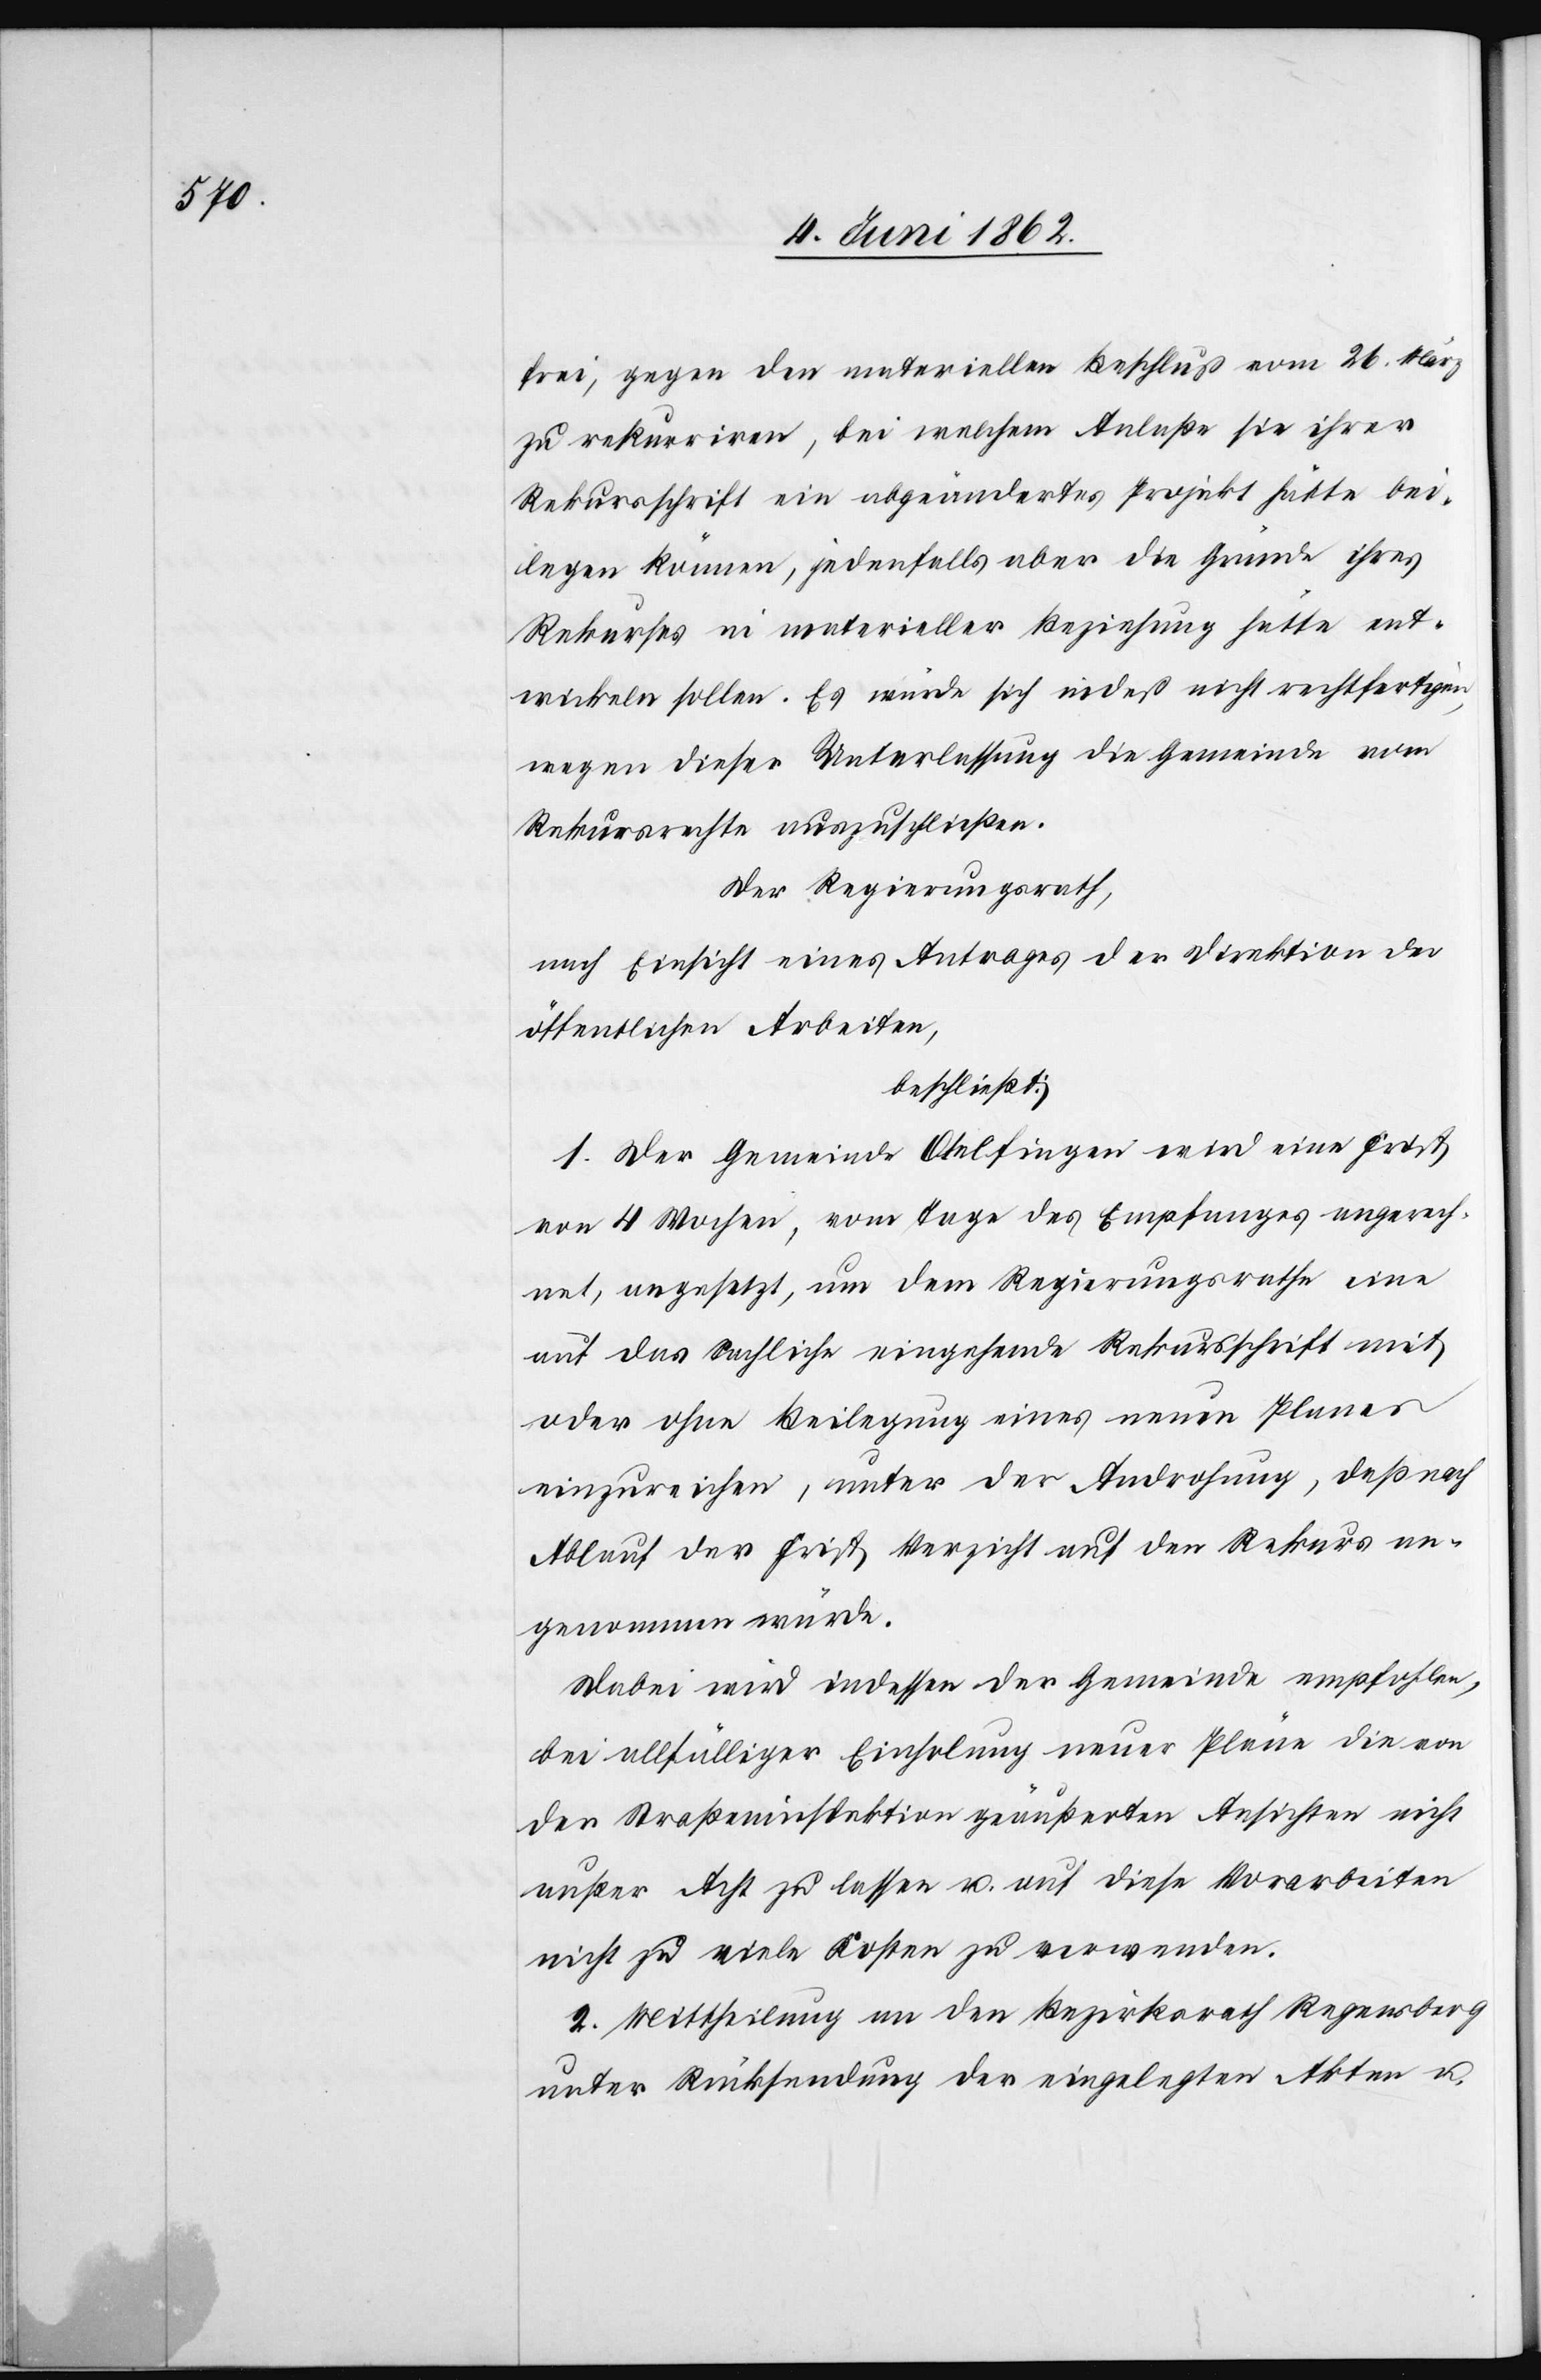
frei, gegen den materiellen Beschluß vom 26. März
zu rekurriren, bei welchem Anlaße sie ihrer
Rekursschrift ein abgeändertes Projekt hätte bei¬
legen können, jedenfalls aber die Gründe ihres
Rekurses in materieller Beziehung hätte ent¬
wickeln sollen. Es würde sich indeß nicht rechtfertigen,
wegen dieser Unterlassung die Gemeinde vom
Rekursrechte auszuschließen.
Der Regierungsrath,
nach Einsicht eines Antrages der Direktion der
öffentlichen Arbeiten,
beschließt:
1. Der Gemeinde Otelfingen wird eine Frist
von 4 Wochen, vom Tage des Empfanges angerech¬
net, angesetzt, um dem Regierungsrathe eine
auf das Sachliche eingehende Rekursschrift mit
oder ohne Beilegung eines neuen Planes
einzureichen, unter der Androhung, daß nach
Ablauf der Frist Verzicht auf den Rekurs an¬
genommen würde.
Dabei wird indessen der Gemeinde empfohlen,
bei allfälliger Einholung neuer Pläne die von
der Straßeninspektion geäußerten Ansichten nicht
außer acht zu lassen u. auf diese Vorarbeiten
nicht zu viele Kosten zu verwenden.
2. Mittheilung an den Bezirksrath Regensberg
unter Rücksendung der eingelegten Akten u.